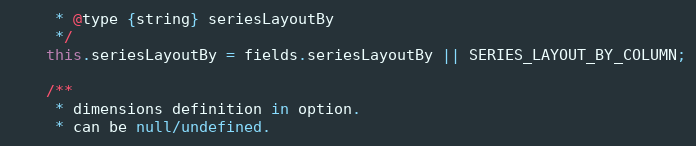
Language: JavaScript
     * @type {string} seriesLayoutBy
     */
    this.seriesLayoutBy = fields.seriesLayoutBy || SERIES_LAYOUT_BY_COLUMN;

    /**
     * dimensions definition in option.
     * can be null/undefined.